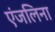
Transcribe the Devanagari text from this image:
एंजलिना